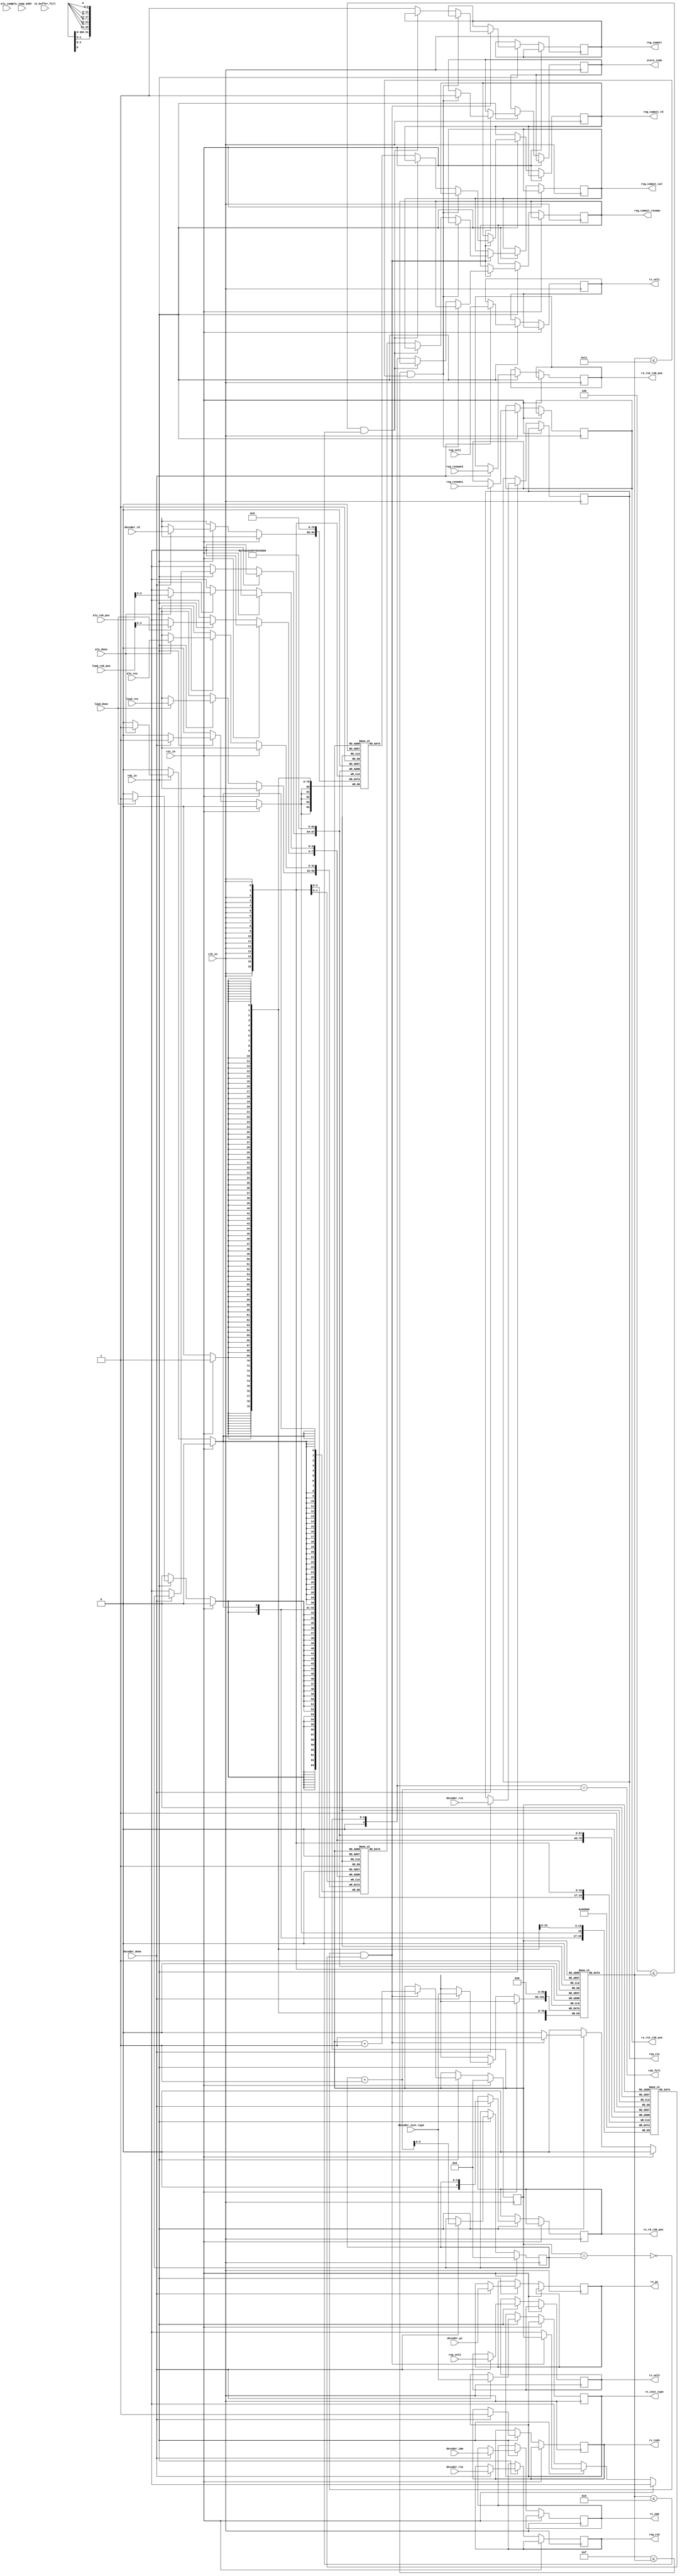
`ifndef ROB
`define ROB
module RoB(
    input  wire              clk_in,
    input  wire              rst_in,
    input  wire              rdy_in,

    input  wire              io_buffer_full,

    output wire              rob_full,

    input  wire              decoder_done,
    input  wire [ 5:0]       decoder_inst_type,
    input  wire [ 4:0]       decoder_rs1,
    input  wire [ 4:0]       decoder_rs2,
    input  wire [ 4:0]       decoder_rd,
    input  wire [31:0]       decoder_imm,
    input  wire [31:0]       decoder_pc,

    input  wire              alu_done,
    input  wire [31:0]       alu_res,
    input  wire              alu_jump,
    input  wire [31:0]       alu_jump_addr,
    input  wire [ 4:0]       alu_rob_pos,

    input  wire              load_done,
    input  wire [31:0]       load_res,
    input  wire [ 4:0]       load_rob_pos,

    output reg               reg_commit,
    output reg  [ 4:0]       reg_commit_rd,
    output reg  [31:0]       reg_commit_val,
    output reg  [ 4:0]       reg_commit_rename,

    output reg  [ 4:0]       reg_rs1,
    input  wire [31:0]       reg_val1,
    input  wire [ 4:0]       reg_rename1,
    output reg  [ 4:0]       reg_rs2,
    input  wire [31:0]       reg_val2,
    input  wire [ 4:0]       reg_rename2,

    output reg               store_todo,

    output reg               rs_todo,
    output reg [ 5:0]        rs_inst_type,
    output reg [ 4:0]        rs_rs1_rob_pos,
    output reg [ 4:0]        rs_rs2_rob_pos,
    output reg [31:0]        rs_val1,
    output reg [31:0]        rs_val2,
    output reg [31:0]        rs_imm,
    output reg [ 4:0]        rs_rd_rob_pos,
    output reg [31:0]        rs_pc
);
    localparam LUI = 0, AUIPC = 1, JAL = 2, JALR = 3,
        BEQ = 4, BNE = 5, BLT = 6, BGE = 7, BLTU = 8, BGEU = 9,
        LB = 10, LH = 11, LW = 12, LBU = 13, LHU = 14, SB = 15, SH = 16, SW = 17,
        ADDI = 18, SLTI = 19, SLTIU = 20, XORI = 21, ORI = 22, ANDI = 23, SLLI = 24, SRLI = 25, SRAI = 26,
        ADD = 27, SUB = 28, SLL = 29, SLT = 30, SLTU = 31, XOR = 32, SRL = 33, SRA = 34, OR = 35, AND = 36;
    reg [3:0] head, tail;
    reg busy[15:0];
    reg ready[15:0];
    reg [5:0] inst_type[15:0];
    reg [4:0] rs1[15:0];
    reg [4:0] rs2[15:0];
    reg [4:0] rd[15:0];
    reg [31:0] imm[15:0];
    reg [31:0] pc[15:0];
    reg [31:0] val[15:0];
    reg jump[15:0];
    reg pred[15:0];
    reg [31:0] jump_addr[15:0];
    
    wire empty = head == tail;
    assign rob_full = head == tail + 1;

    integer i;
    always @(posedge clk_in) begin
        if (rst_in) begin
            head <= 0;
            tail <= 0;
            for (i = 0; i < 16; i = i + 1) begin
                busy[i] <= 0;
                ready[i] <= 0;
                inst_type[i] <= 0;
                rs1[i] <= 0;
                rs2[i] <= 0;
                rd[i] <= 0;
                imm[i] <= 0;
            end
        end
        else if (rdy_in) begin
            if (decoder_done) begin
                busy[tail] <= 1;
                ready[tail] <= 0;
                inst_type[tail] <= decoder_inst_type;
                rs1[tail] <= decoder_rs1;
                rs2[tail] <= decoder_rs2;
                rd[tail] <= decoder_rd;
                
                rs_todo <= 1;
                rs_inst_type <= decoder_inst_type;
                reg_rs1 <= decoder_rs1;
                rs_rs1_rob_pos <= reg_rename1;
                rs_val1 <= reg_val1;
                reg_rs2 <= decoder_rs2;
                rs_rs2_rob_pos <= reg_rename2;
                rs_val2 <= reg_val2;
                rs_imm <= decoder_imm;
                rs_rd_rob_pos <= tail;
                rs_pc <= decoder_pc;

                tail <= tail + 1;
            end
            if (alu_done) begin
                val[alu_rob_pos] <= alu_res;
                jump[alu_rob_pos] <= alu_jump;
                jump_addr[alu_rob_pos] <= alu_jump_addr;
                ready[alu_rob_pos] <= 1;
            end
            if (load_done) begin
                val[load_rob_pos] <= load_res;
                jump[load_rob_pos] <= 0;
                ready[load_rob_pos] <= 1;
            end
            if (!empty && ready[head]) begin
                if (SB <= inst_type[head] && inst_type[head] <= SW) begin
                    store_todo <= 1;
                end
                else if (!(BEQ <= inst_type[head] && inst_type[head] <= BGEU)) begin
                    reg_commit <= 1;
                    reg_commit_rd <= rd[head];
                    reg_commit_val <= val[head];
                    reg_commit_rename <= {1'b0, head};
                end
                if (BEQ <= inst_type[head] && inst_type[head] <= BGEU) begin

                end
                busy[head] <= 0;
                ready[head] <= 0;
                head <= head + 1;
            end
        end
    end
endmodule
`endif